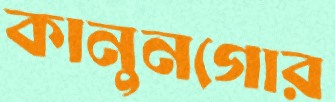
কানুনগোর